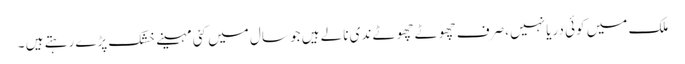
ملک میں کوئی دریا نہیں ،صرف چھوٹے چھوٹے ندی نالے ہیں جو سال میں کئی مہینے خشک پڑے رہتے ہیں ۔